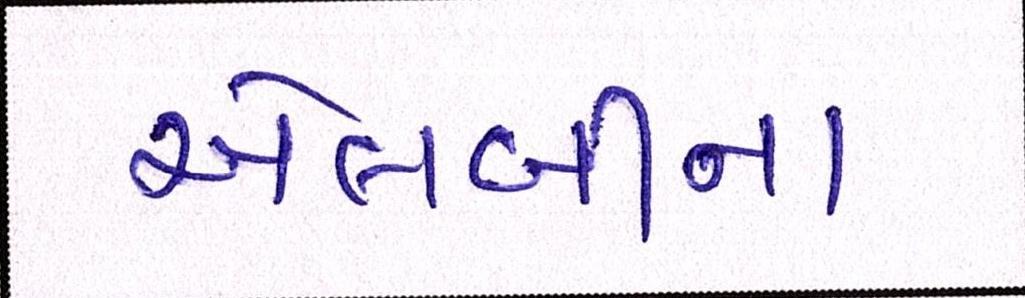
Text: એલબીના